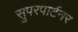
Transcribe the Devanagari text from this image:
सुपरपार्टनर